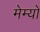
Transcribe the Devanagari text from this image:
मेम्यो